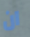
ان